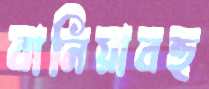
বানিয়াবহু